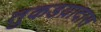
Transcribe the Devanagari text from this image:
तुकडय़ादास